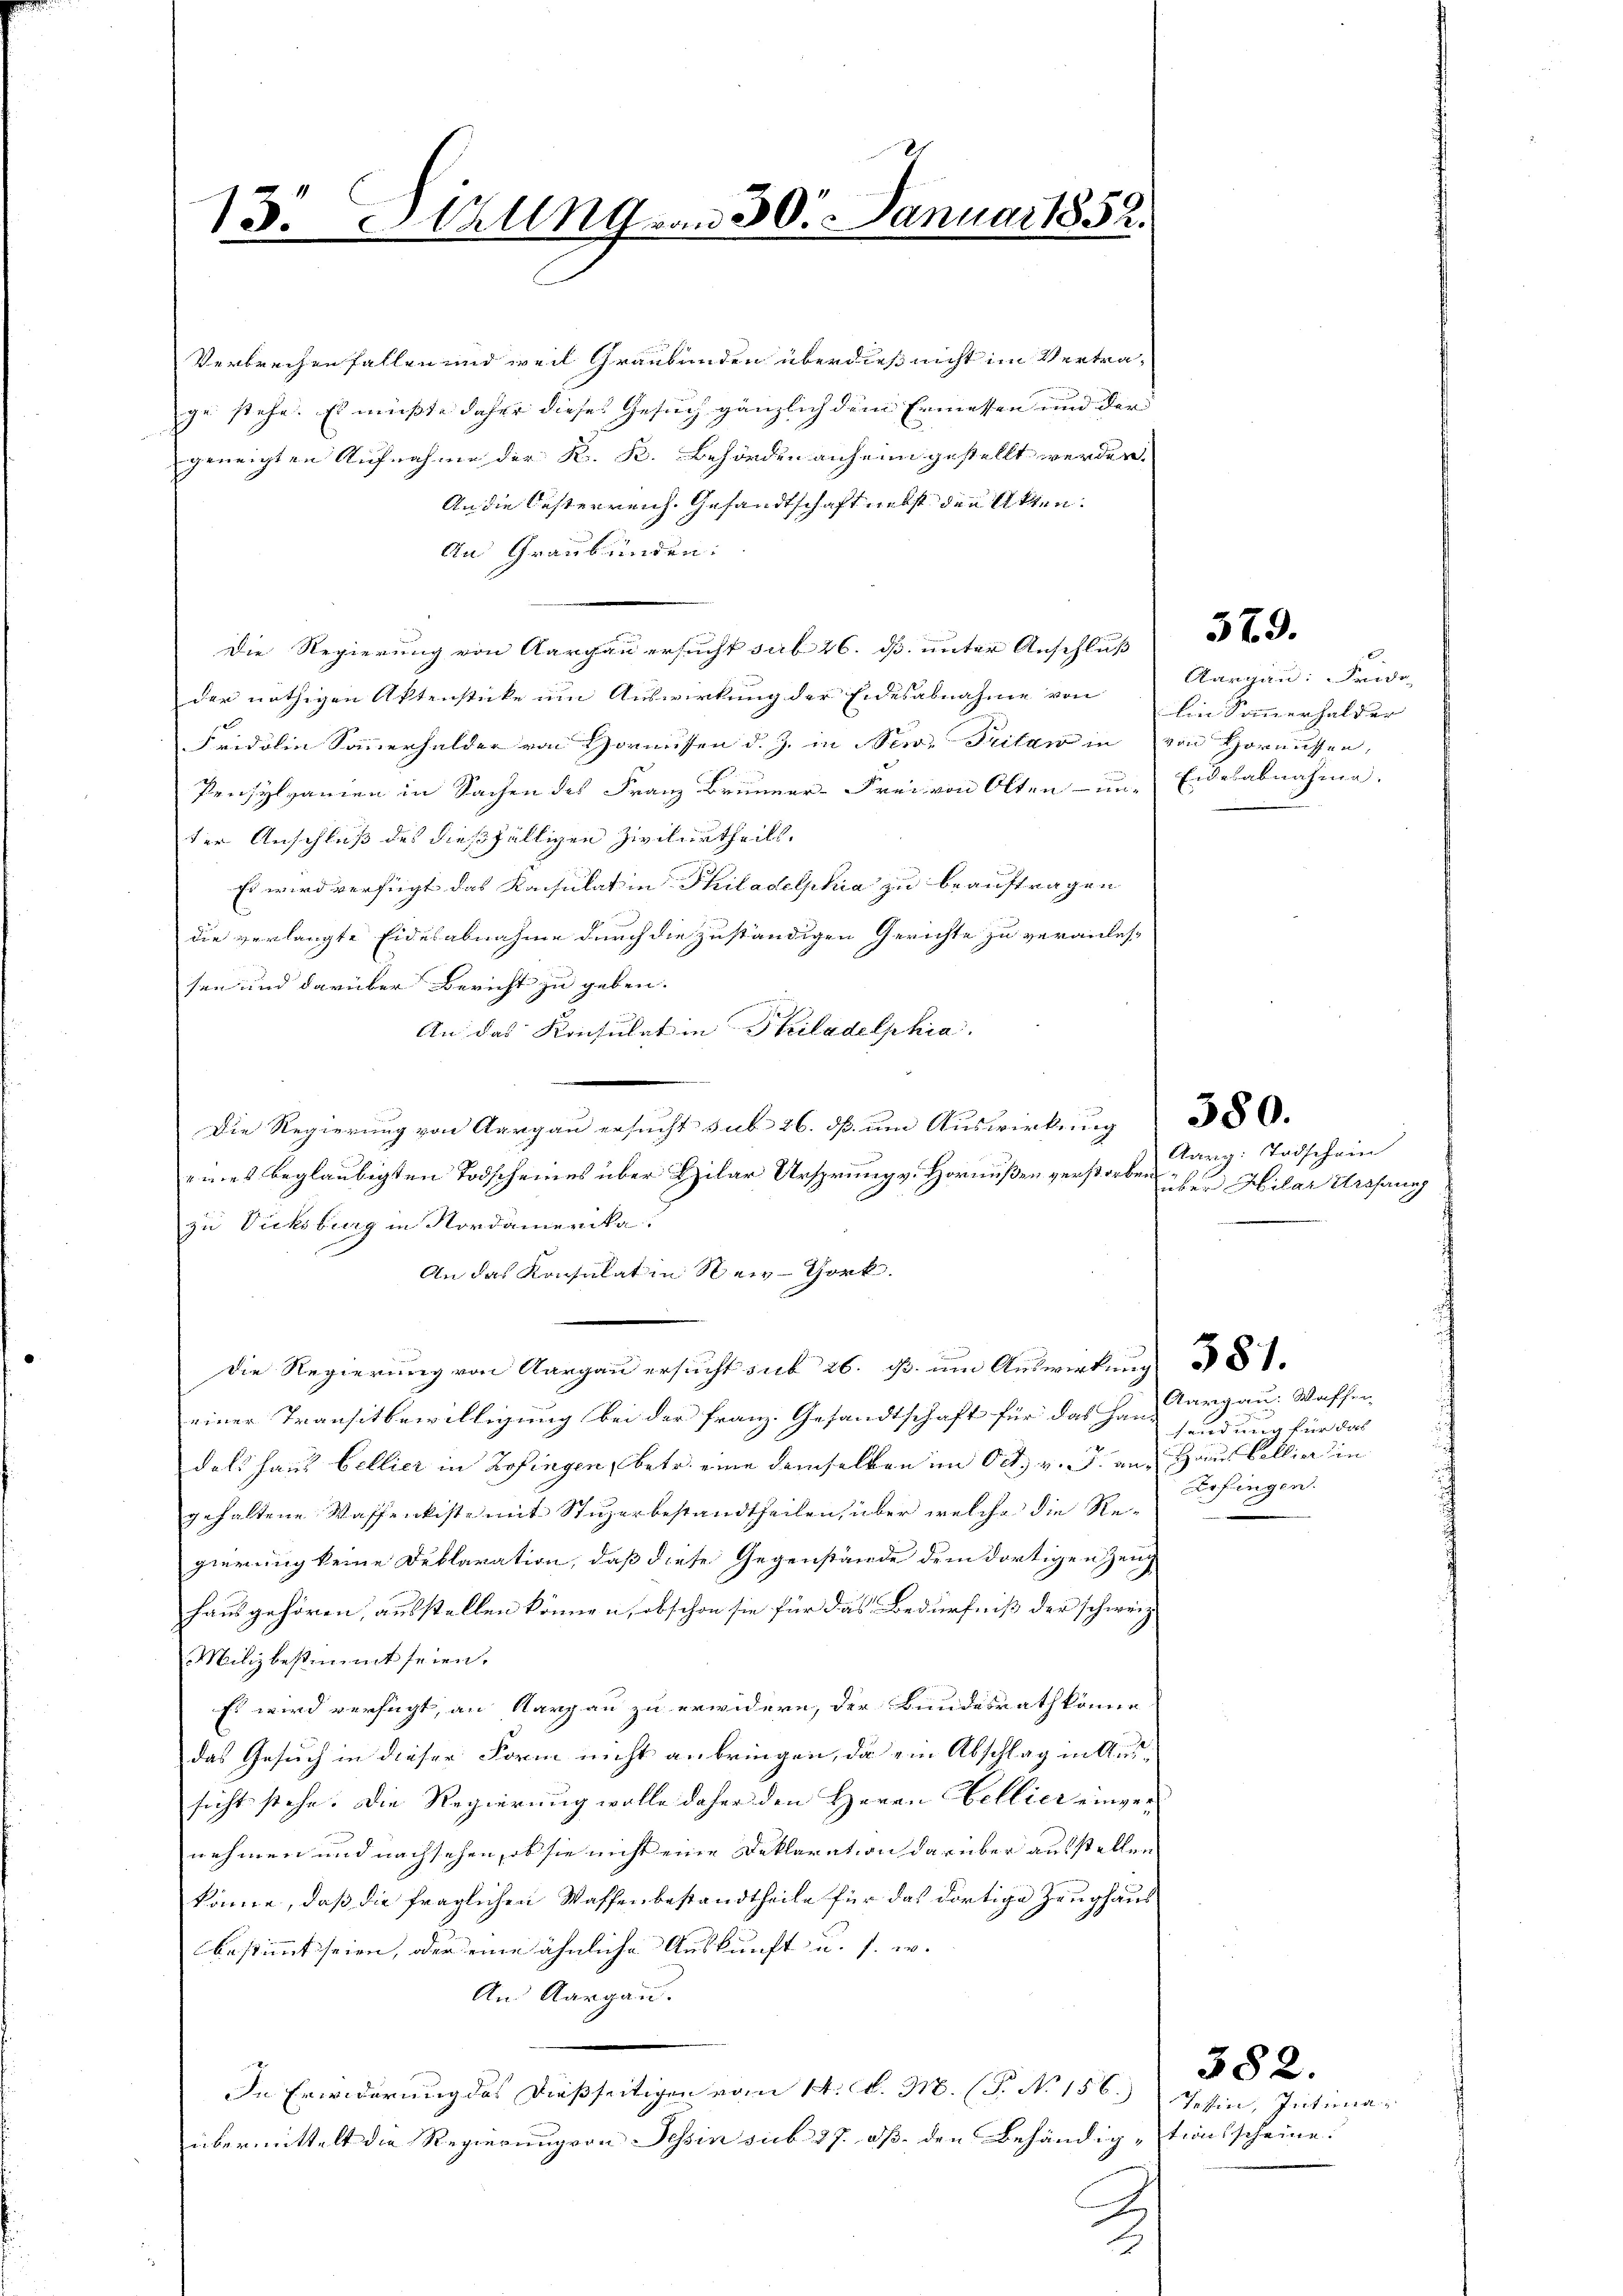
13. Haling am 30. Januar 1852.

Verbrechen fallen und weil Graubünden überdieß nicht im Vertrage stehe. Es mußte daher dieses Gesuch gänzlich dem Ermessen und der
geneigten Aufnahme der K. K. Behörden anheim gestellt werden.
An die Oesterreich. Gesandtschaft nebst den Akten.
An Graubünden:
Die Regierung von Aargau ersucht sub 26. ds. unter Anschluss
der nöthigen Aktenstücke um Auswirkung der Eidesabnahme von
Fridolin Sammerhalder von Hornissen d. J. in Newe Pritan in von Hornissen,
Pensylvanien in Sachen des Franz Brunner-Frei von Olten - um Eidesabnahme,
ter Anschluß des dießfälligen Zivilurtheils,
Es wird verfügt das Kacsulat in Philadelphia zu beauftragen
die verlangte Eidesabnahme durch die zuständigen Gerichte zu veranlassen und darüber Bericht zu geben.
An das Konsulat in Heiladelphia
die Regierŭng von Aargaŭ ersŭcht sub 26. ds. ŭm Aŭswirken 380.
eines beglaubigten Todscheines über Bilar Ursprung v. Hornußen verstorben.
zu Dicksburg in Nordamerika.
An das Konsulat in New-York
Die Regierung von Aargau ersucht sub 26. ß. um Auswirkung
einer Transitbewilligung bei der Franz. Gesandtschaft für das Handals Haus bellier in Zofingen, betr. eine demselben im Oct. v. J. an Haus Bollier in
gehaltene Waffenkiste mit Stizerbestandtheilen, über welche die Regierung keine Deklaration, daß diese Gegenstände dem dortigen Zeug
hausgehören, ausstellen können, obschon sie für das Bedürfniß der schweiz.
Miliz bestimmt seien.
Es wird verfügt, an Aargau zu erwidern, der Bundesrath könne
das Gesuch in dieser Form nicht anbringen, da ein Abschlag in Aussicht stehe. Die Regierung wolle daher den Herrn Hellier einver
nehmen und nachsehen, ob sie nicht eine Deklaration darüber ausstellen
könne, daß die fraglichen Waffenbestandtheile für das dortige Zeughaus
bestimmt seien, oder eine ähnliche Auskunft u. s. w.
An Aargau.
In Erwiderung des dießseitigen vom 14. d. M. (T. No. 156.)
übermittelt die Regierungson Tessin sub 27. dß den Behändig-tionsscheine.
J

Aargau: Frido
Ein Sammerhalder

379.

Aarig: Todschein
über Hilar Uresausg

Aargau: Waffen
sendung für das
Zofingen.

Tessin, Intima¬

382.